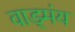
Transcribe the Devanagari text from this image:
वाड्मंय